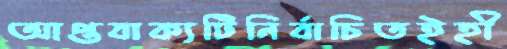
আপ্তবাক্যটিনির্বাচিতইহী